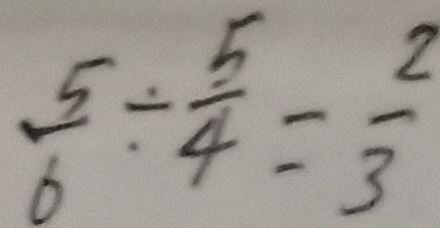
\frac { 5 } { 6 } \div \frac { 5 } { 4 } = \frac { 2 } { 3 }